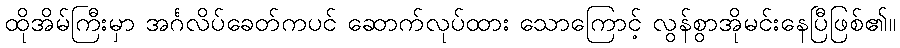
ထိုအိမ်ကြီးမှာ အင်္ဂလိပ်ခေတ်ကပင် ဆောက်လုပ်ထား သောကြောင့် လွန်စွာအိုမင်းနေပြီဖြစ်၏။